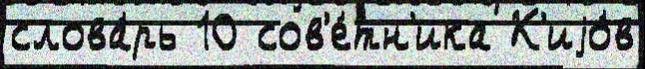
слова́рь 10 сов'е́тн'ика К'иjо́в